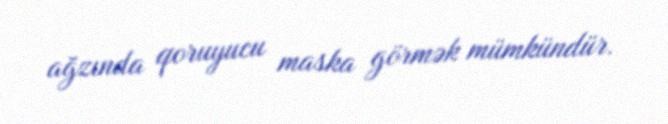
ağzında qoruyucu maska görmək mümkündür.